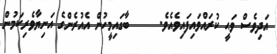
އަދިވެސް ވަޙީ ކުރައްވައިފައިވެއެވެ.     ބާގައިމީހުން އެއުރެންގެ އަނިޔާވެރިކަމުން